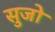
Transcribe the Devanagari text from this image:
सुजो